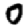
Digit: 0